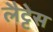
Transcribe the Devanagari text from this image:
लैट्टेस